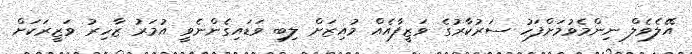
އޭލެވެލް ނިންމެވުމަށްފަހު ސަރުކާރުގެ ވަޒީފާއެއް މުއިޒަށް ލިބި ވަޑައިގެންނެވީ އުމަރު ޒާހިރު ވަޒީރަކަށް